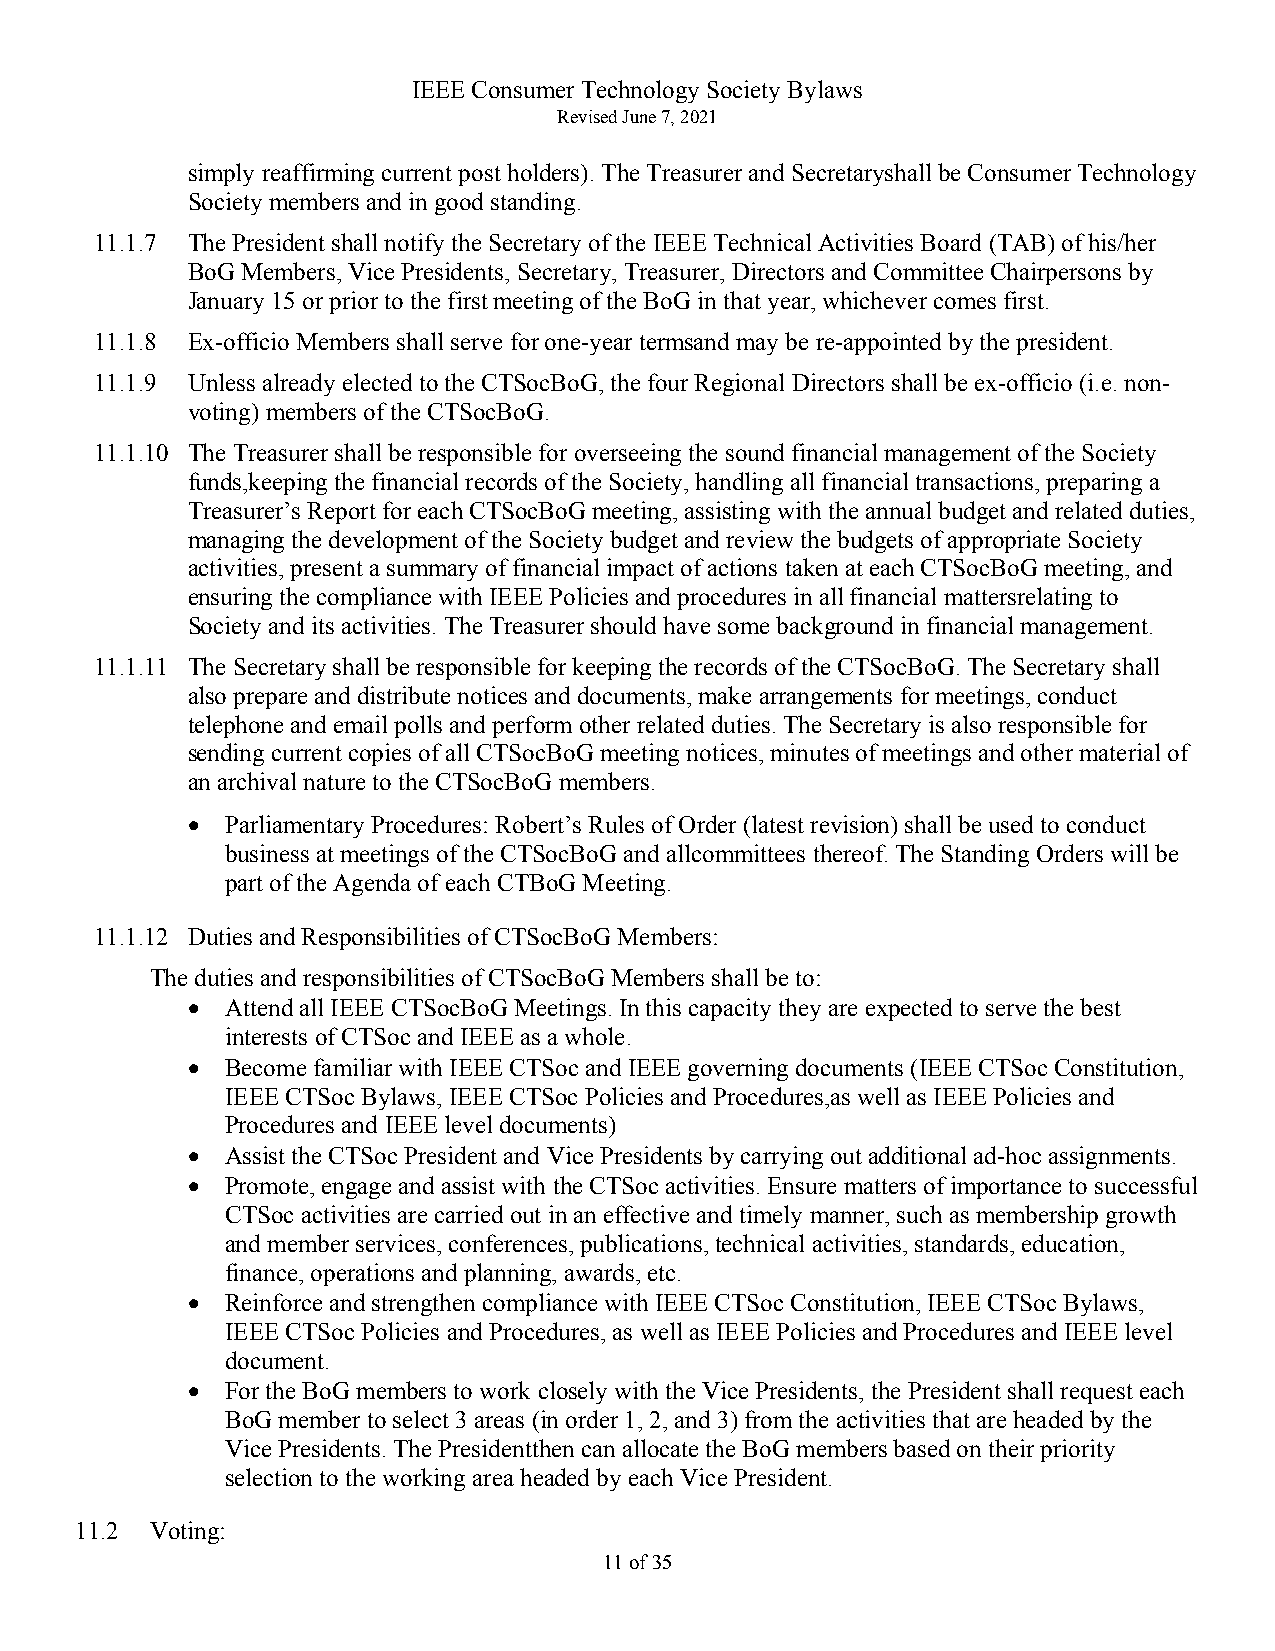
IEEE Consumer Technology Society Bylaws
 Revised June 7, 2021
 simply reaffirming current post holders). The Treasurer and Secretaryshall be Consumer Technology
 Society members and in good standing.
 11.1.7 The President shall notify the Secretary of the IEEE Technical Activities Board (TAB) of his/her
 BoG Members, Vice Presidents, Secretary, Treasurer, Directors and Committee Chairpersons by
 January 15 or prior to the first meeting of the BoG in that year, whichever comes first.
 11.1.8 Ex-officio Members shall serve for one-year termsand may be re-appointed by the president.
 11.1.9 Unless already elected to the CTSocBoG, the four Regional Directors shall be ex-officio (i.e. non-
 voting) members of the CTSocBoG.
 11.1.10 The Treasurer shall be responsible for overseeing the sound financial management of the Society
 funds,keeping the financial records of the Society, handling all financial transactions, preparing a
 Treasurer’s Report for each CTSocBoG meeting, assisting with the annual budget and related duties,
 managing the development of the Society budget and review the budgets of appropriate Society
 activities, present a summary of financial impact of actions taken at each CTSocBoG meeting, and
 ensuring the compliance with IEEE Policies and procedures in all financial mattersrelating to
 Society and its activities. The Treasurer should have some background in financial management.
 11.1.11 The Secretary shall be responsible for keeping the records of the CTSocBoG. The Secretary shall
 also prepare and distribute notices and documents, make arrangements for meetings, conduct
 telephone and email polls and perform other related duties. The Secretary is also responsible for
 sending current copies of all CTSocBoG meeting notices, minutes of meetings and other material of
 an archival nature to the CTSocBoG members.
 •  Parliamentary Procedures: Robert’s Rules of Order (latest revision) shall be used to conduct
 business at meetings of the CTSocBoG and allcommittees thereof. The Standing Orders will be
 part of the Agenda of each CTBoG Meeting.
 11.1.12 Duties and Responsibilities of CTSocBoG Members:
 The duties and responsibilities of CTSocBoG Members shall be to:
 •  Attend all IEEE CTSocBoG Meetings. In this capacity they are expected to serve the best
 interests of CTSoc and IEEE as a whole.
 •  Become familiar with IEEE CTSoc and IEEE governing documents (IEEE CTSoc Constitution,
 IEEE CTSoc Bylaws, IEEE CTSoc Policies and Procedures,as well as IEEE Policies and
 Procedures and IEEE level documents)
 •  Assist the CTSoc President and Vice Presidents by carrying out additional ad-hoc assignments.
 •  Promote, engage and assist with the CTSoc activities. Ensure matters of importance to successful
 CTSoc activities are carried out in an effective and timely manner, such as membership growth
 and member services, conferences, publications, technical activities, standards, education,
 finance, operations and planning, awards, etc.
 •  Reinforce and strengthen compliance with IEEE CTSoc Constitution, IEEE CTSoc Bylaws,
 IEEE CTSoc Policies and Procedures, as well as IEEE Policies and Procedures and IEEE level
 document.
 •  For the BoG members to work closely with the Vice Presidents, the President shall request each
 BoG member to select 3 areas (in order 1, 2, and 3) from the activities that are headed by the
 Vice Presidents. The Presidentthen can allocate the BoG members based on their priority
 selection to the working area headed by each Vice President.
 11.2 Voting:
 11 of 35